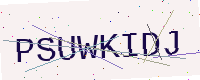
Text: PSUWKIDJ